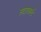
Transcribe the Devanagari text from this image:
स्टारबर्स्ट